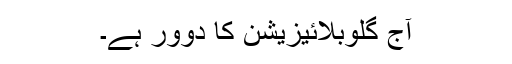
آج گلوبلائیزیشن کا دوور ہے۔